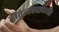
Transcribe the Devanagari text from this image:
नेतृत्वपदापर्यंत